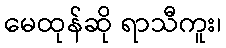
မေထုန်ဆို ရာသီကူး၊